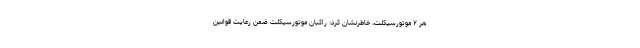
هر ۲ موتورسیکلت، خاطرنشان کرد: راکبان موتورسیکلت ضمن رعایت قوانین